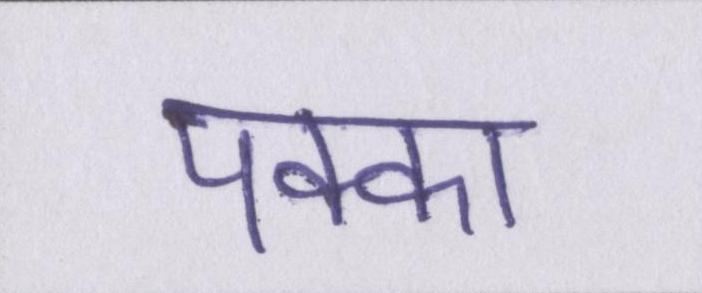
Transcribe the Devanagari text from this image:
पक्का